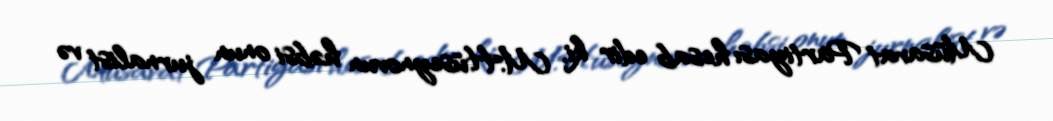
Müsavat Partiyası hesab edir ki, M.Hüseynovun həbsi onun jurnalist və